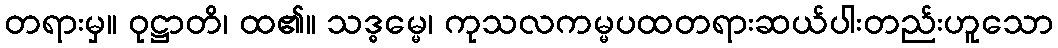
တရားမှ။ ဝုဋ္ဌာတိ၊ ထ၏။ သဒ္ဓမ္မေ၊ ကုသလကမ္မပထတရားဆယ်ပါးတည်းဟူသော